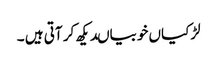
لڑکیاں خوبیاںدیکھ کر آتی ہیں ۔